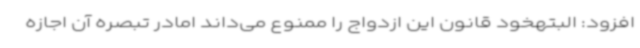
افزود: البتهخود قانون این ازدواج را ممنوع می‌داند امادر تبصره آن اجازه